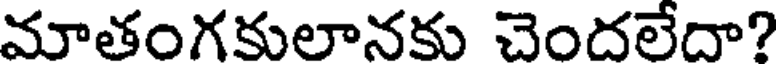
మాతంగకులానకు చెందలేదా?